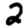
Digit: 2